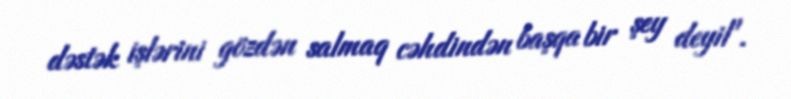
dəstək işlərini gözdən salmaq cəhdindən başqa bir şey deyil".